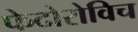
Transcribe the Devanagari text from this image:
फेदोरोविच